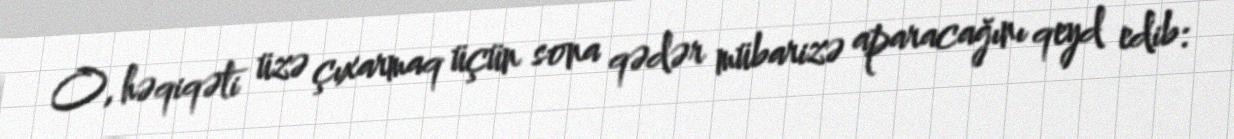
O, həqiqəti üzə çıxarmaq üçün sona qədər mübarizə aparacağını qeyd edib: